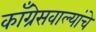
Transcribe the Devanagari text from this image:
काँग्रेसवाल्यांचे